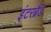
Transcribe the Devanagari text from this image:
इंटरब्रैंड